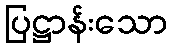
ပြဋ္ဌာန်းသော